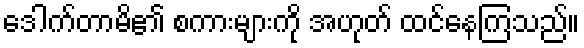
ဒေါက်တာမိ၏ စကားများကို အဟုတ် ထင်နေကြသည်။